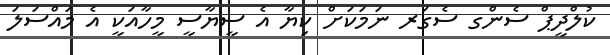
ކުލްދީޕް ސެންގ ސެގަރ ނަމަކަށް ކިޔާ އެ ސީޔާސީ މީހާއަކީ އެ މައްސަލަ